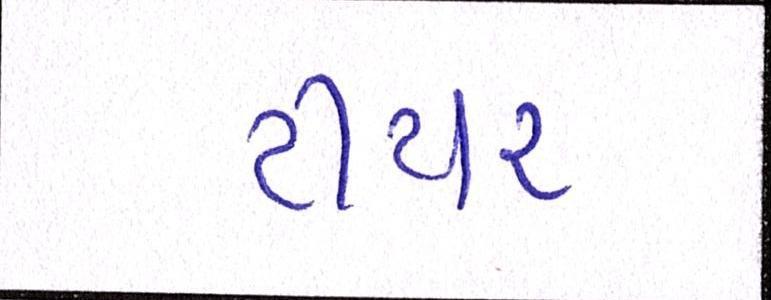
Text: ટીયર